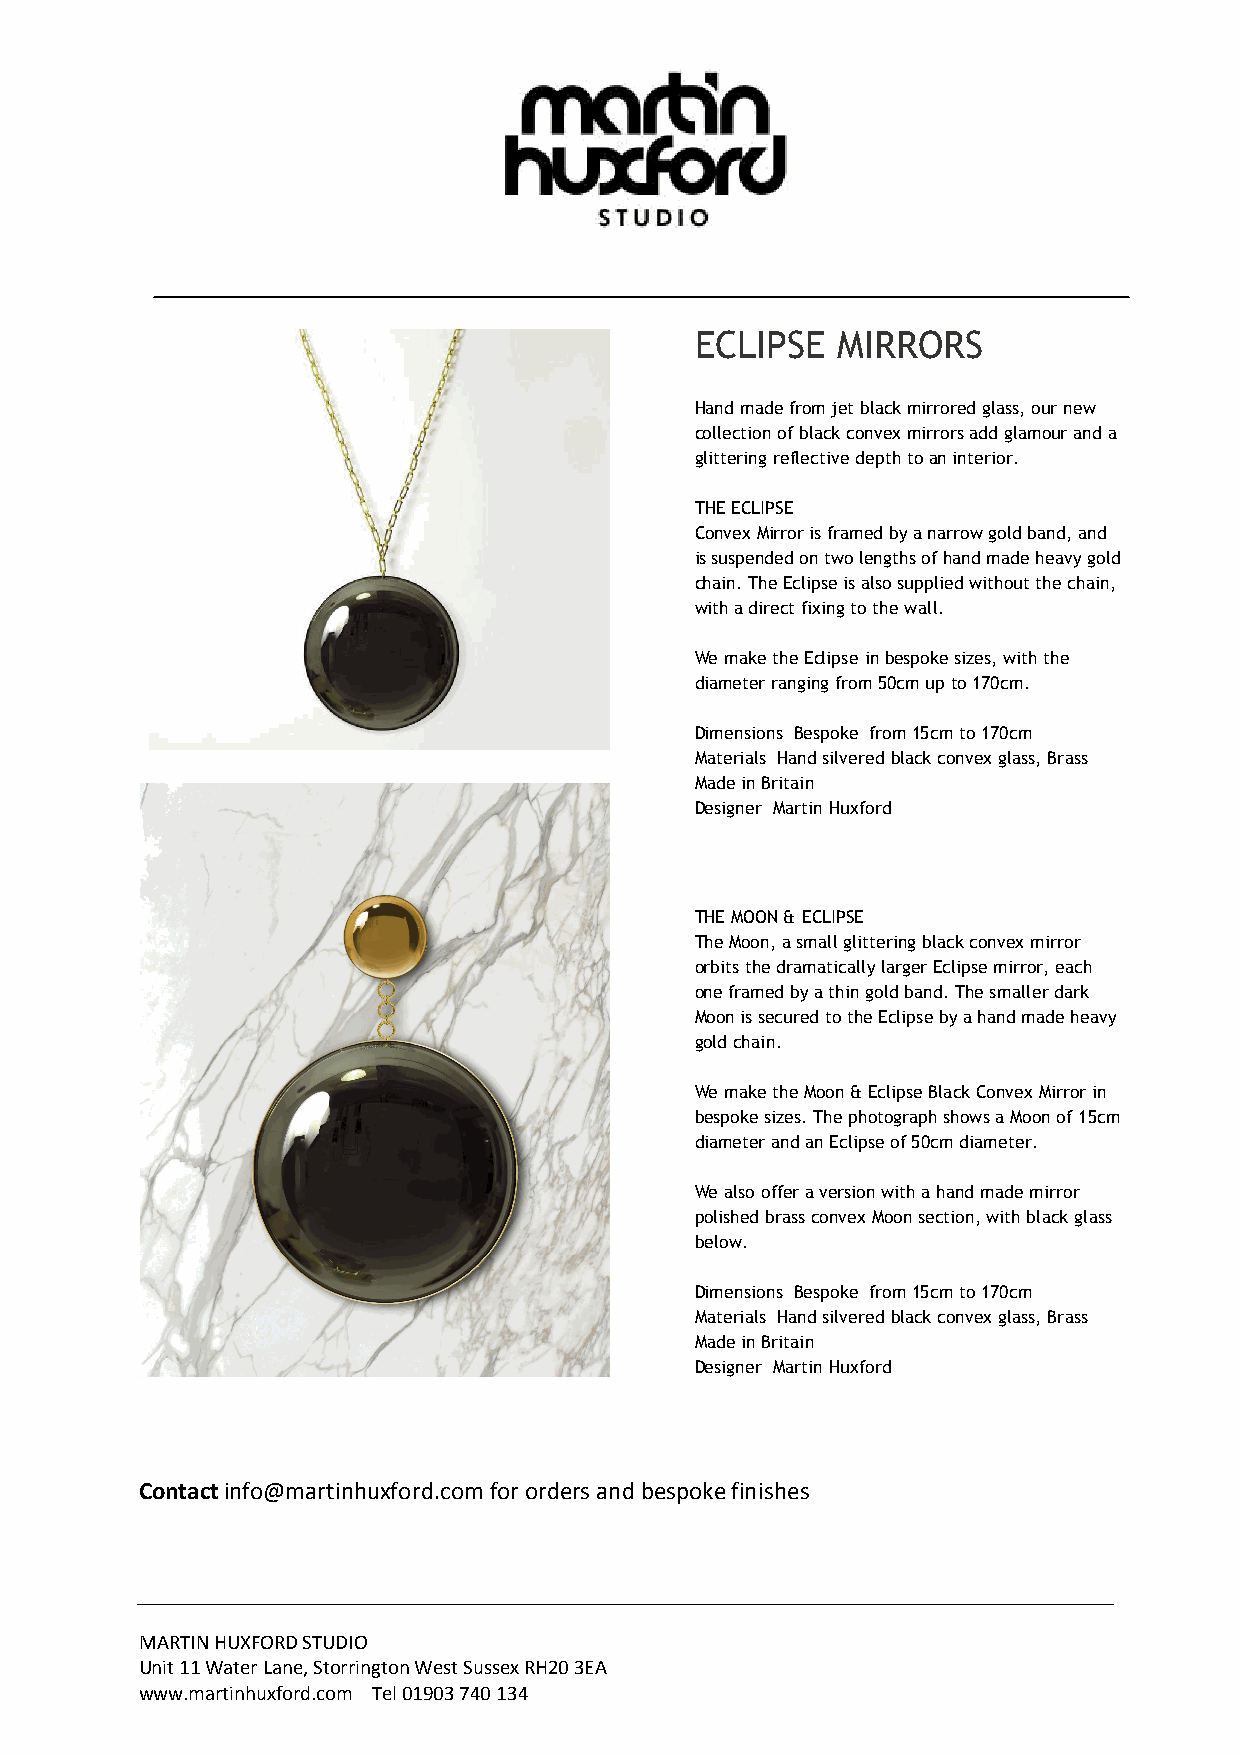
ECLIPSE  MIRRORS
 Hand made from jet black mirrored glass, our new
 collection of black convex mirrors add glamour and a
 glittering reflective depth to an interior.
 THE ECLIPSE
 Convex Mirror is framed by a narrow gold band, and
 is suspended on two lengths of hand made heavy gold
 chain. The Eclipse is also supplied without the chain,
 with a direct fixing to the wall.
 We make the Eclipse in bespoke sizes, with the
 diameter ranging from 50cm up to 170cm.
 Dimensions Bespoke from 15cm to 170cm
 Materials Hand silvered black convex glass, Brass
 Made in Britain
 Designer Martin Huxford
 THE MOON & ECLIPSE
 The Moon, a small glittering black convex mirror
 orbits the dramatically larger Eclipse mirror, each
 one framed by a thin gold band. The smaller dark
 Moon is secured to the Eclipse by a hand made heavy
 gold chain.
 We make the Moon & Eclipse Black Convex Mirror in
 bespoke sizes. The photograph shows a Moon of 15cm
 diameter and an Eclipse of 50cm diameter.
 We also offer a version with a hand made mirror
 polished brass convex Moon section, with black glass
 below.
 Dimensions Bespoke from 15cm to 170cm
 Materials Hand silvered black convex glass, Brass
 Made in Britain
 Designer Martin Huxford
 Contact info@martinhuxford.com for orders and bespoke finishes
 MARTIN HUXFORD STUDIO
 Unit 11 Water Lane, Storrington West Sussex RH20 3EA
 www.martinhuxford.com Tel 01903 740 134